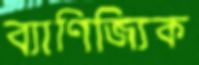
ব্যাণিজ্যিক